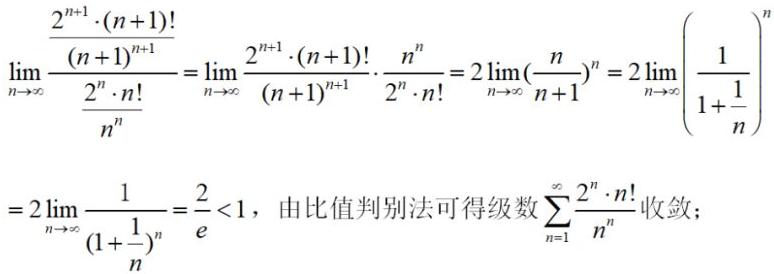
\[
\begin{align*}
&\lim_{n \to \infty} \frac{\frac{2^{n + 1} \cdot (n + 1)!}{(n + 1)^{n + 1}}}{\frac{2^{n} \cdot n!}{n^{n}}} = \lim_{n \to \infty} \frac{2^{n + 1} \cdot (n + 1)!}{(n + 1)^{n + 1}} \cdot \frac{n^{n}}{2^{n} \cdot n!} = 2\lim_{n \to \infty} (\frac{n}{n + 1})^{n} = 2\lim_{n \to \infty} (\frac{1}{1 + \frac{1}{n}})^{n}\\
=&2\lim_{n \to \infty} \frac{1}{(1 + \frac{1}{n})^{n}} = \frac{2}{e} < 1，\text{ 由比值判别法可得级数 } \sum_{n = 1}^{\infty} \frac{2^{n} \cdot n!}{n^{n}} \text{ 收敛；}
\end{align*}
\]